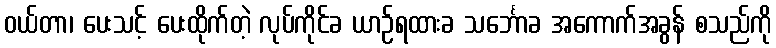
ဝယ်တာ၊ ပေးသင့် ပေးထိုက်တဲ့ လုပ်ကိုင်ခ ယာဉ်ရထားခ သင်္ဘောခ အကောက်အခွန် စသည်ကို